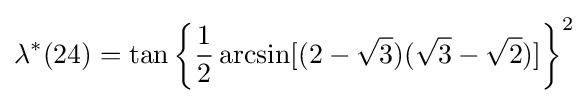
\lambda ^{*}(24)=\tan \left\{{\frac {1}{2}}\arcsin[(2-{\sqrt {3}})({\sqrt {3}}-{\sqrt {2}})]\right\}^{2}